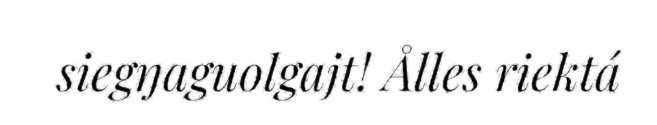
siegŋaguolgajt! Ålles riektá